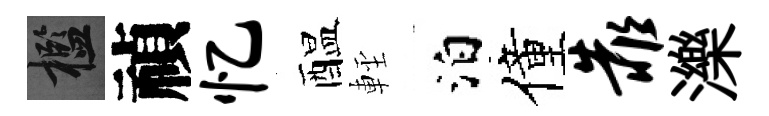
檻禎忆醖䡖泊僮靠濼